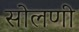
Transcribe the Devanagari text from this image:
सोलणी